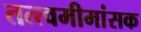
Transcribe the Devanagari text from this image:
तत्त्वमीमांसक